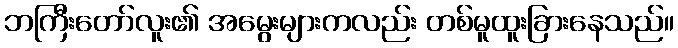
ဘကြီးတော်လူး၏ အမွေးများကလည်း တစ်မူထူးခြားနေသည်။